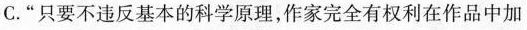
C.“ 只要不违反基本的科学原理,作家完全有权利在作品中加